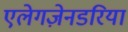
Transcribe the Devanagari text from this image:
एलेगज़ेनडरिया